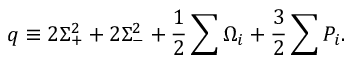
q \equiv 2 \Sigma _ { + } ^ { 2 } + 2 \Sigma _ { - } ^ { 2 } + \frac { 1 } { 2 } \sum \Omega _ { i } + \frac { 3 } { 2 } \sum P _ { i } .